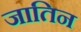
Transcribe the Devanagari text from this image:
जातिन